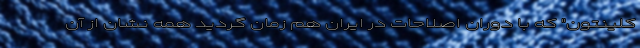
کلینتون" که با دوران اصلاحات در ایران هم زمان گردید همه نشان از آن